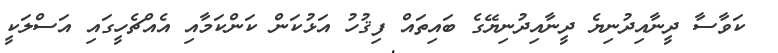
ކަވާސާ ދީނާއިދުނިޔެ ދީނާއިދުނިޔޭގެ ބައިތައް ފިޤުހު އަޅުކަން ކަންކަމާއި އެއްޗެހީގައި އަސްލަކީ